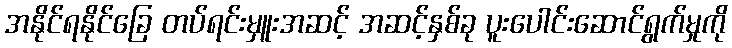
အနိုင်ရနိုင်ခြေ တပ်ရင်းမှူးအဆင့် အဆင့်နှစ်ခု ပူးပေါင်းဆောင်ရွက်မှုကို